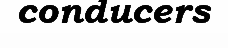
conducers